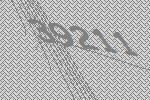
39211